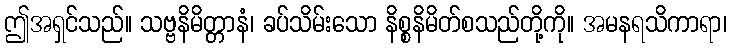
ဤအရှင်သည်။ သဗ္ဗနိမိတ္တာနံ၊ ခပ်သိမ်းသော နိစ္စနိမိတ်စသည်တို့ကို။ အမနရသိကာရာ၊